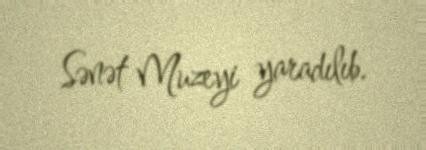
Sənət Muzeyi yaradılıb.